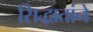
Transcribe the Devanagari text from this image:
सिद्धातांने